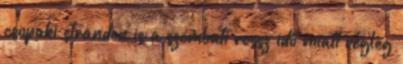
csopaki strandon is a szombati rossz idő miatt végleg